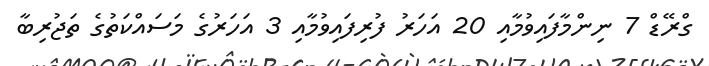
ގްރޭޑް 7 ނިންމާފައިވުމާއި 20 އަހަރު ފުރިފައިވުމާއި 3 އަހަރުގެ މަސައްކަތުގެ ތަޖުރިބާ